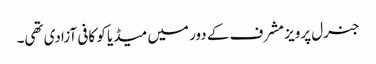
جنرل پرویز مشرف کے دور میں میڈیا کو کافی آزادی تھی۔